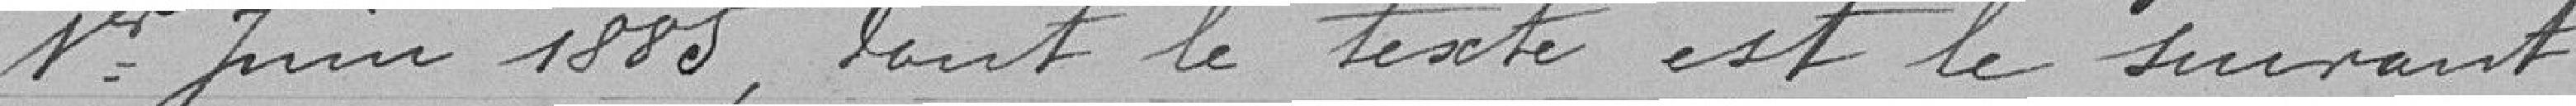
premier janvier 1885, dont le texte est le suivant :